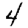
Digit: 4